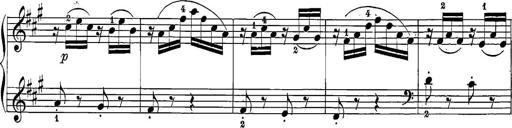
Title: 12 Sonatine per Pianoforte
Composer: Friedrich Kuhlau